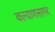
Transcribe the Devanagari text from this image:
कल्याणसागर